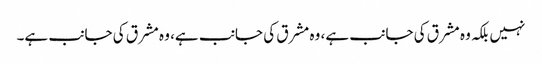
نہیں بلکہ وہ مشرق کی جانب ہے، وہ مشرق کی جانب ہے، وہ مشرق کی جانب ہے۔